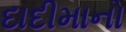
દાદીમાનો